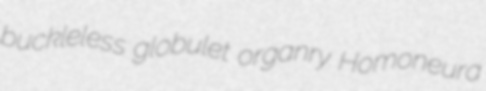
buckleless globulet organry Homoneura